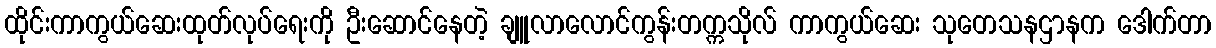
ထိုင်းကာကွယ်ဆေးထုတ်လုပ်ရေးကို ဦးဆောင်နေတဲ့ ချူလာလောင်ကွန်းတက္ကသိုလ် ကာကွယ်ဆေး သုတေသနဌာနက ဒေါက်တာ